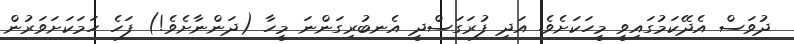
ދުވަސް އެދޭކަމުގައިވީ މީހަކަށެވެ. އަދި ފުރަގަސްދީ އެނބުރިގަންނަ މީހާ (ދަންނާށެވެ!) ފަހެ ހަމަކަށަވަރުން